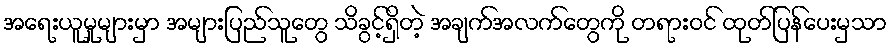
အရေးယူမှုများမှာ အများပြည်သူတွေ သိခွင့်ရှိတဲ့ အချက်အလက်တွေကို တရားဝင် ထုတ်ပြန်ပေးမှသာ